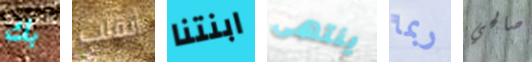
بك أنقلب ابنتنا ينتهى ربما صالحي